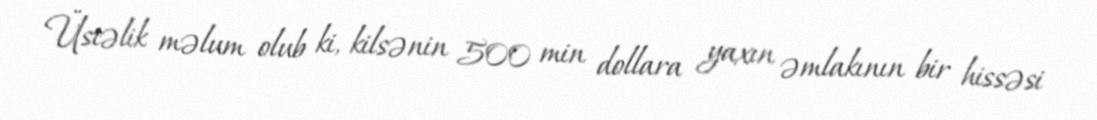
Üstəlik məlum olub ki, kilsənin 500 min dollara yaxın əmlakının bir hissəsi